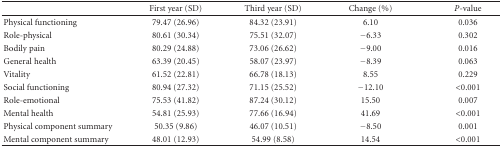
<table><thead><tr><td></td><td><b>First year (SD)</b></td><td><b>Third year (SD)</b></td><td><b>Change (%)</b></td><td><b><i>P</i>-value</b></td></tr></thead><tbody><tr><td>Physical functioning</td><td>79.47 (26.96)</td><td>84.32 (23.91)</td><td>6.10</td><td>0.036</td></tr><tr><td>Role-physical</td><td>80.61 (30.34)</td><td>75.51 (32.07)</td><td>−6.33</td><td>0.302</td></tr><tr><td>Bodily pain</td><td>80.29 (24.88)</td><td>73.06 (26.62)</td><td>−9.00</td><td>0.016</td></tr><tr><td>General health</td><td>63.39 (20.45)</td><td>58.07 (23.97)</td><td>−8.39</td><td>0.063</td></tr><tr><td>Vitality</td><td>61.52 (22.81)</td><td>66.78 (18.13)</td><td>8.55</td><td>0.229</td></tr><tr><td>Social functioning</td><td>80.94 (27.32)</td><td>71.15 (25.52)</td><td>−12.10</td><td>&lt;0.001</td></tr><tr><td>Role-emotional</td><td>75.53 (41.82)</td><td>87.24 (30.12)</td><td>15.50</td><td>0.007</td></tr><tr><td>Mental health</td><td>54.81 (25.93)</td><td>77.66 (16.94)</td><td>41.69</td><td>&lt;0.001</td></tr><tr><td>Physical component summary</td><td>50.35 (9.86)</td><td>46.07 (10.51)</td><td>−8.50</td><td>0.001</td></tr><tr><td>Mental component summary</td><td>48.01 (12.93)</td><td>54.99 (8.58)</td><td>14.54</td><td>&lt;0.001</td></tr></tbody></table>